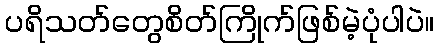
ပရိသတ်တွေစိတ်ကြိုက်ဖြစ်မဲ့ပုံပါပဲ။